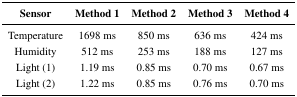
<table><thead><tr><td><b>Sensor</b></td><td><b>Method 1</b></td><td><b>Method 2</b></td><td><b>Method 3</b></td><td><b>Method 4</b></td></tr></thead><tbody><tr><td>Temperature</td><td>1698 ms</td><td>850 ms</td><td>636 ms</td><td>424 ms</td></tr><tr><td>Humidity</td><td>512 ms</td><td>253 ms</td><td>188 ms</td><td>127 ms</td></tr><tr><td>Light (1)</td><td>1.19 ms</td><td>0.85 ms</td><td>0.70 ms</td><td>0.67 ms</td></tr><tr><td>Light (2)</td><td>1.22 ms</td><td>0.85 ms</td><td>0.76 ms</td><td>0.70 ms</td></tr></tbody></table>